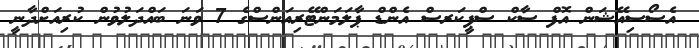
އެސޯސިއޭޝަން އޮފް ސާކް ސްޕީކަރސް އެންޑް ޕާލަމަންޓޭރިއަންސްގެ 7 ވަނަ ބައްދަލުވުން ކުރިއަށްދާނީ